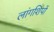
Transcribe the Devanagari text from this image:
लांगशिपों